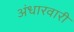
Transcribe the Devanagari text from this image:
अंधारवारी